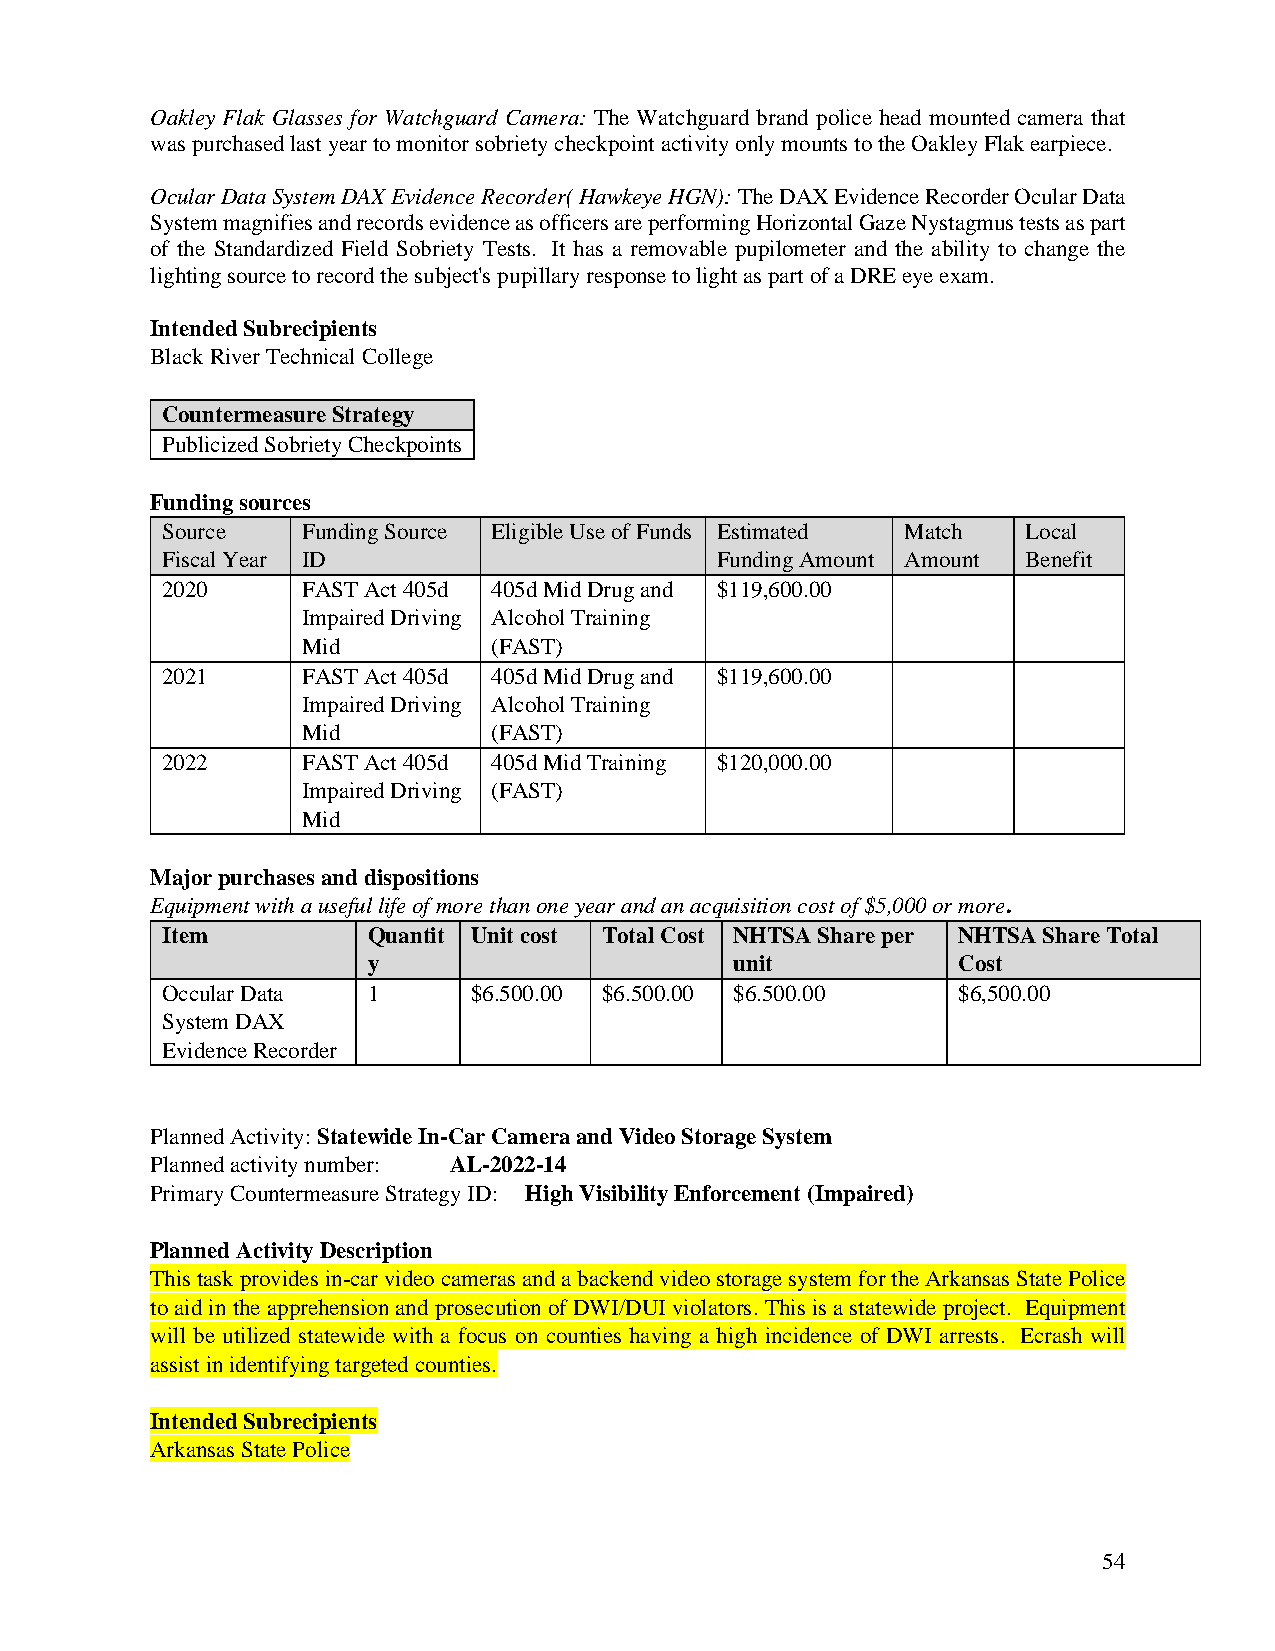
Oakley Flak Glasses for Watchguard Camera: The Watchguard brand police head mounted camera that
 was purchased last year to monitor sobriety checkpoint activity only mounts to the Oakley Flak earpiece.
 Ocular Data System DAX Evidence Recorder( Hawkeye HGN): The DAX Evidence Recorder Ocular Data
 System magnifies and records evidence as officers are performing Horizontal Gaze Nystagmus tests as part
 of the Standardized Field Sobriety Tests. It has a removable pupilometer and the ability to change the
 lighting source to record the subject's pupillary response to light as part of a DRE eye exam.
 Intended Subrecipients
 Black River Technical College
 Countermeasure Strategy
 Publicized Sobriety Checkpoints
 Funding sources
 Source   Funding Source Eligible Use of Funds Estimated Match Local
 Fiscal Year ID                      Funding Amount Amount Benefit
 2020     FAST Act 405d 405d Mid Drug and $119,600.00
 Impaired Driving Alcohol Training
 Mid          (FAST)
 2021     FAST Act 405d 405d Mid Drug and $119,600.00
 Impaired Driving Alcohol Training
 Mid          (FAST)
 2022     FAST Act 405d 405d Mid Training $120,000.00
 Impaired Driving (FAST)
 Mid
 Major purchases and dispositions
 Equipment with a useful life of more than one year and an acquisition cost of $5,000 or more.
 Item         Quantit Unit cost Total Cost NHTSA Share per NHTSA Share Total
 y                        unit          Cost
 Occular Data 1      $6.500.00 $6.500.00 $6.500.00   $6,500.00
 System DAX
 Evidence Recorder
 Planned Activity: Statewide In-Car Camera and Video Storage System
 Planned activity number: AL-2022-14
 Primary Countermeasure Strategy ID: High Visibility Enforcement (Impaired)
 Planned Activity Description
 This task provides in-car video cameras and a backend video storage system for the Arkansas State Police
 to aid in the apprehension and prosecution of DWI/DUI violators. This is a statewide project. Equipment
 will be utilized statewide with a focus on counties having a high incidence of DWI arrests. Ecrash will
 assist in identifying targeted counties.
 Intended Subrecipients
 Arkansas State Police
 54